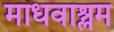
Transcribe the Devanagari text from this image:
माधवाश्लम